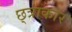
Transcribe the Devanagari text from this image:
छ्त्राकार